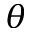
\theta